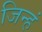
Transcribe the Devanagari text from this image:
जिन्हं